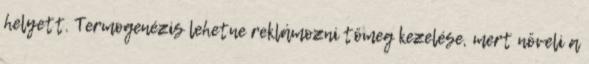
helyett. Termogenézis lehetne reklámozni tömeg kezelése, mert növeli a